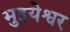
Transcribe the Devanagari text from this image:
भुइयेश्वर